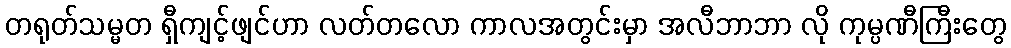
တရုတ်သမ္မတ ရှီကျင့်ဖျင်ဟာ လတ်တလော ကာလအတွင်းမှာ အလီဘာဘာ လို ကုမ္ပဏီကြီးတွေ